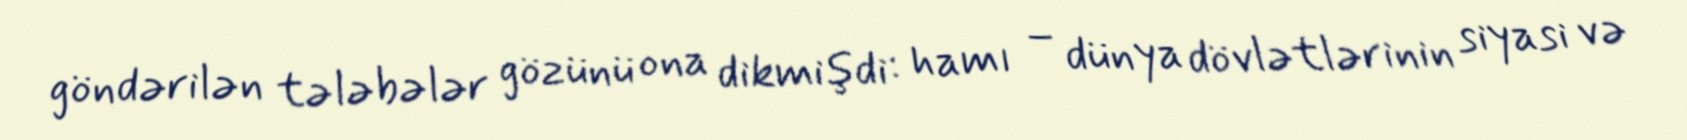
göndərilən tələbələr gözünü ona dikmişdi: hamı – dünya dövlətlərinin siyasi və